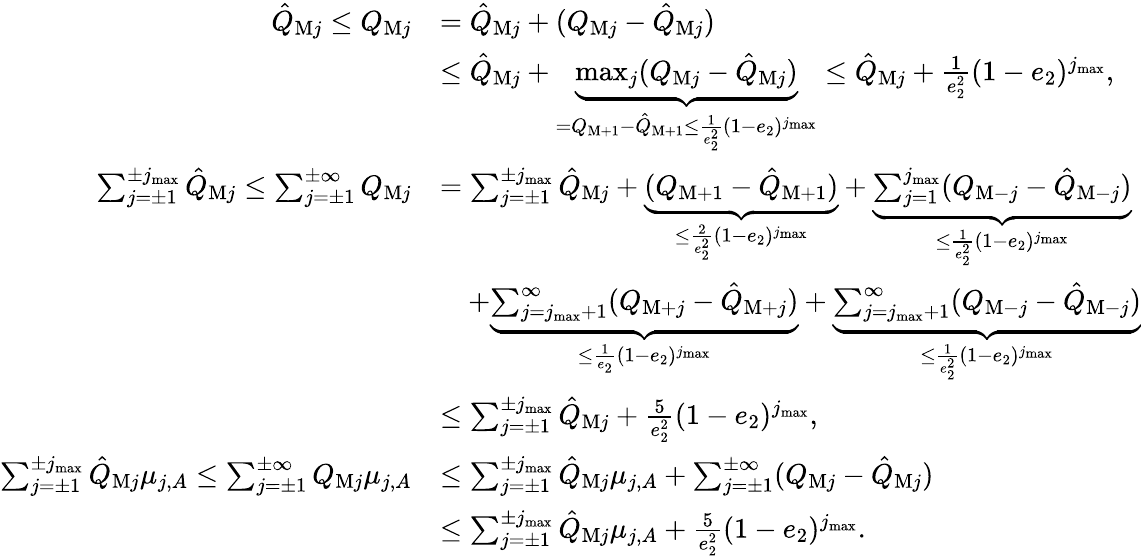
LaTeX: \begin{array}{rl}{\hat{Q}_{\mathrm{M}j}\le Q_{\mathrm{M}j}}&{=\hat{Q}_{\mathrm{M}j}+(Q_{\mathrm{M}j}-\hat{Q}_{\mathrm{M}j})}\\ &{\le\hat{Q}_{\mathrm{M}j}+\underbrace{\operatorname*{max}_{j}(Q_{\mathrm{M}j}-\hat{Q}_{\mathrm{M}j})}_{=Q_{\mathrm{M}+1}-\hat{Q}_{\mathrm{M}+1}\le\frac{1}{e_{2}^{2}}(1-e_{2})^{j_{\operatorname*{max}}}}\le\hat{Q}_{\mathrm{M}j}+\frac{1}{e_{2}^{2}}(1-e_{2})^{j_{\operatorname*{max}}},}\\ {\sum_{j=\pm 1}^{\pm j_{\operatorname*{max}}}\hat{Q}_{\mathrm{M}j}\le\sum_{j=\pm 1}^{\pm\infty}Q_{\mathrm{M}j}}&{=\sum_{j=\pm 1}^{\pm j_{\operatorname*{max}}}\hat{Q}_{\mathrm{M}j}+\underbrace{(Q_{\mathrm{M}+1}-\hat{Q}_{\mathrm{M}+1})}_{\le\frac{2}{e_{2}^{2}}(1-e_{2})^{j_{\operatorname*{max}}}}+\underbrace{\sum_{j=1}^{j_{\operatorname*{max}}}(Q_{\mathrm{M}-j}-\hat{Q}_{\mathrm{M}-j})}_{\le\frac{1}{e_{2}^{2}}(1-e_{2})^{j_{\operatorname*{max}}}}}\\ &{\quad+\underbrace{\sum_{j=j_{\operatorname*{max}}+1}^{\infty}(Q_{\mathrm{M}+j}-\hat{Q}_{\mathrm{M}+j})}_{\le\frac{1}{e_{2}}(1-e_{2})^{j_{\operatorname*{max}}}}+\underbrace{\sum_{j=j_{\operatorname*{max}}+1}^{\infty}(Q_{\mathrm{M}-j}-\hat{Q}_{\mathrm{M}-j})}_{\le\frac{1}{e_{2}^{2}}(1-e_{2})^{j_{\operatorname*{max}}}}}\\ &{\le\sum_{j=\pm 1}^{\pm j_{\operatorname*{max}}}\hat{Q}_{\mathrm{M}j}+\frac{5}{e_{2}^{2}}(1-e_{2})^{j_{\operatorname*{max}}},}\\ {\sum_{j=\pm 1}^{\pm j_{\operatorname*{max}}}\hat{Q}_{\mathrm{M}j}\mu_{j,A}\le\sum_{j=\pm 1}^{\pm\infty}Q_{\mathrm{M}j}\mu_{j,A}}&{\le\sum_{j=\pm 1}^{\pm j_{\operatorname*{max}}}\hat{Q}_{\mathrm{M}j}\mu_{j,A}+\sum_{j=\pm 1}^{\pm\infty}(Q_{\mathrm{M}j}-\hat{Q}_{\mathrm{M}j})}\\ &{\le\sum_{j=\pm 1}^{\pm j_{\operatorname*{max}}}\hat{Q}_{\mathrm{M}j}\mu_{j,A}+\frac{5}{e_{2}^{2}}(1-e_{2})^{j_{\operatorname*{max}}}.}\end{array}